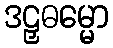
ဒဠှဓမ္မော